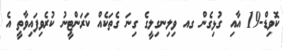
ކޮވިޑް-19 އާއި ގުޅިގެން ގއ ވިލިނގިލީގެ ގިނަ ގެތަކެއް ކަރަންޓީނު ކުރެވިފައިވާތީ އެ